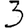
Digit: 3